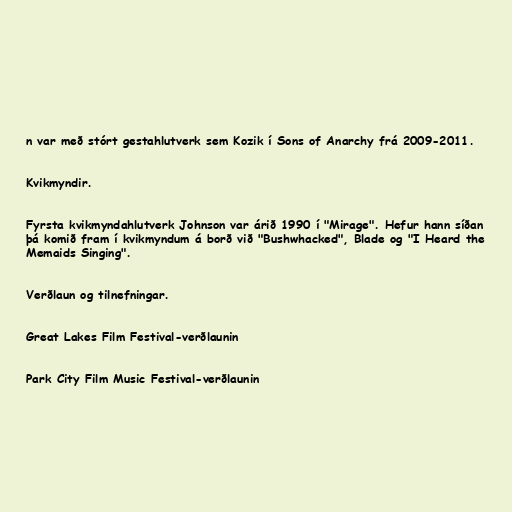
n var með stórt gestahlutverk sem Kozik í Sons of Anarchy frá 2009-2011.

Kvikmyndir.

Fyrsta kvikmyndahlutverk Johnson var árið 1990 í "Mirage". Hefur hann síðan
þá komið fram í kvikmyndum á borð við "Bushwhacked", Blade og "I Heard the
Memaids Singing".

Verðlaun og tilnefningar.

Great Lakes Film Festival-verðlaunin

Park City Film Music Festival-verðlaunin